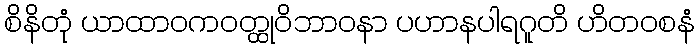
စိနိတုံ ယာထာဝကဝတ္ထုဝိဘာဝနာ ပဟာနပါရဂူတိ ဟိတဝစနံ